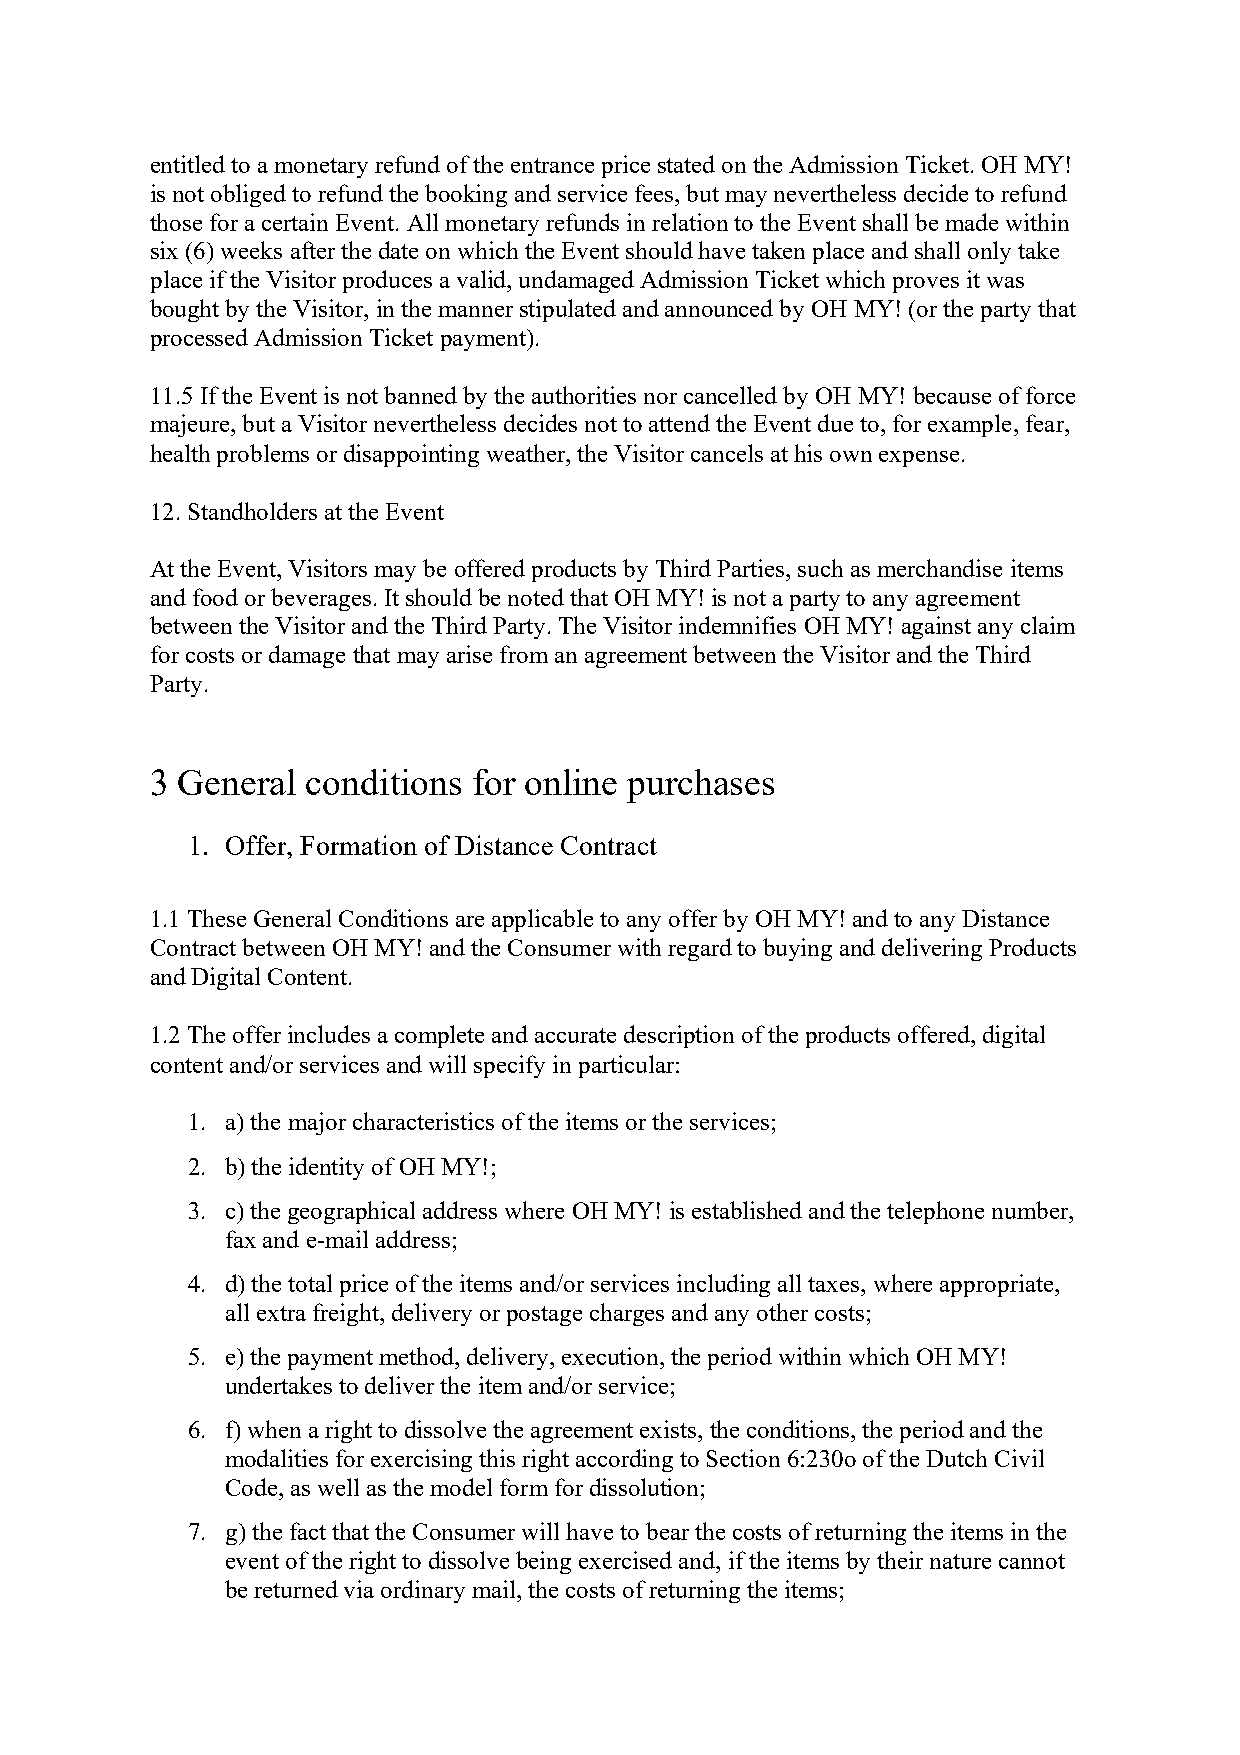
entitled to a monetary refund of the entrance price stated on the Admission Ticket. OH MY!
 is not obliged to refund the booking and service fees, but may nevertheless decide to refund
 those for a certain Event. All monetary refunds in relation to the Event shall be made within
 six (6) weeks after the date on which the Event should have taken place and shall only take
 place if the Visitor produces a valid, undamaged Admission Ticket which proves it was
 bought by the Visitor, in the manner stipulated and announced by OH MY! (or the party that
 processed Admission Ticket payment).
 11.5 If the Event is not banned by the authorities nor cancelled by OH MY! because of force
 majeure, but a Visitor nevertheless decides not to attend the Event due to, for example, fear,
 health problems or disappointing weather, the Visitor cancels at his own expense.
 12. Standholders at the Event
 At the Event, Visitors may be offered products by Third Parties, such as merchandise items
 and food or beverages. It should be noted that OH MY! is not a party to any agreement
 between the Visitor and the Third Party. The Visitor indemnifies OH MY! against any claim
 for costs or damage that may arise from an agreement between the Visitor and the Third
 Party.
 3 General conditions for online purchases
 1. Offer, Formation of Distance Contract
 1.1 These General Conditions are applicable to any offer by OH MY! and to any Distance
 Contract between OH MY! and the Consumer with regard to buying and delivering Products
 and Digital Content.
 1.2 The offer includes a complete and accurate description of the products offered, digital
 content and/or services and will specify in particular:
 1. a) the major characteristics of the items or the services;
 2. b) the identity of OH MY!;
 3. c) the geographical address where OH MY! is established and the telephone number,
 fax and e-mail address;
 4. d) the total price of the items and/or services including all taxes, where appropriate,
 all extra freight, delivery or postage charges and any other costs;
 5. e) the payment method, delivery, execution, the period within which OH MY!
 undertakes to deliver the item and/or service;
 6. f) when a right to dissolve the agreement exists, the conditions, the period and the
 modalities for exercising this right according to Section 6:230o of the Dutch Civil
 Code, as well as the model form for dissolution;
 7. g) the fact that the Consumer will have to bear the costs of returning the items in the
 event of the right to dissolve being exercised and, if the items by their nature cannot
 be returned via ordinary mail, the costs of returning the items;